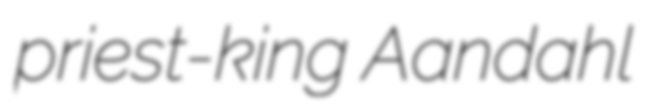
priest-king Aandahl